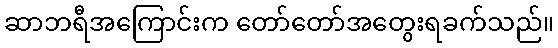
ဆာဘရီအကြောင်းက တော်တော်အတွေးရခက်သည်။